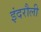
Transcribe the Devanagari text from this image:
इंदरौली